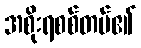
အစိုးရစစ်တပ်၏